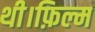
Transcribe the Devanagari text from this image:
थी।फ़िल्म